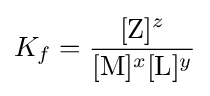
K_{f}={\frac {[{\text{Z}}]^{z}}{[{\text{M}}]^{x}[{\text{L}}]^{y}}}